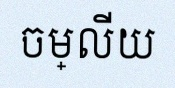
ចម្លើយ